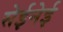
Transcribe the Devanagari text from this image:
सेईनेई